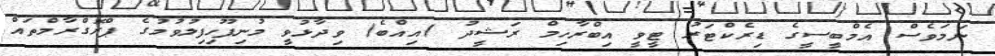
ނަމަވެސް އެމްބީސީގެ ޑިރެކްޓަރު ޓީވީ އިބްރާހިމް ރަޝީދު )އިއްބެ( ވިދާޅުވީ މުނިފޫހިފިލުވުމުގެ ޕްރޮގްރާމްތައް